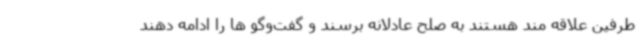
طرفین علاقه مند هستند به صلح عادلانه برسند و گفت‌وگو ها را ادامه دهند